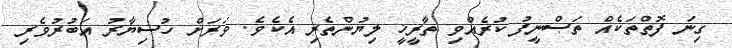
ގިނަ ފޮތްތަކެއް ތަޞްނީފު ކުރެއްވި ތާރީޚީ ލިޔުންތެރި އެކެވެ. ވަރަށް ހުސިޔާރު އަބުރުވެރި